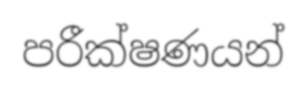
පරීක්ෂණයන්